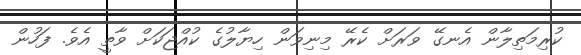
ކުރިމަތިލާން އެނގޭ ވަރަށް ކެރޭ މިނިވަން ހިޔާލުގެ ކުއްޖަކަށް ވާތީ އެވެ. ފަހުން